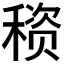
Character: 𰨳